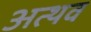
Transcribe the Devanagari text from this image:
अत्थव